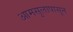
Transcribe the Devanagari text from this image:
आमसुलापासून